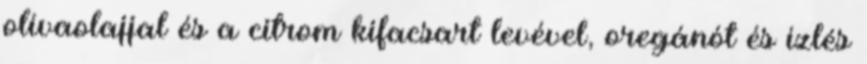
olívaolajjal és a citrom kifacsart levével, oregánót és ízlés